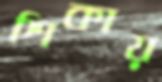
শিকায়